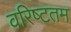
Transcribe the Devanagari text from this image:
वरिष्‍टतम